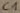
Text: C1